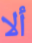
ألا